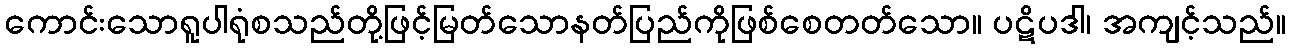
ကောင်းသောရူပါရုံစသည်တို့ဖြင့်မြတ်သောနတ်ပြည်ကိုဖြစ်စေတတ်သော။ ပဋိပဒါ၊ အကျင့်သည်။